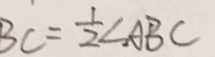
B C = \frac { 1 } { 2 } \angle A B C